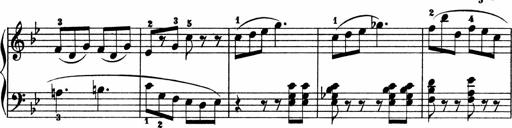
Title: 2 instructive Sonatinen
Composer: Paul Schumacher